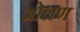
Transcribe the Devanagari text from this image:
ओलण